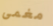
مغمى